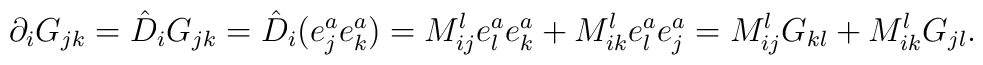
\partial_i G_{jk} = \hat{D}_i G_{jk} = \hat{D}_i (e^a_je^a_k) =  M^l_{ij} e^a_le^a_k + M^l_{ik} e^a_l e^a_j = M^l_{ij} G_{kl} +  M^l_{ik} G_{jl}.